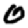
Digit: 0